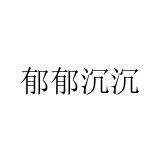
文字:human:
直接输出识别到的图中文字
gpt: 郁郁沉沉